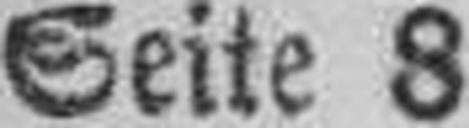
Seite 8